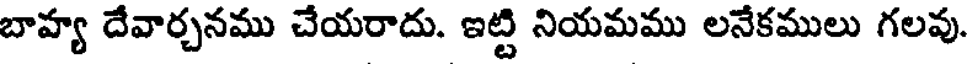
బాహ్య దేవార్చనము చేయరాదు. ఇట్టి నియమము లనేకములు గలవు.